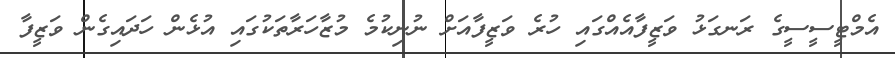
އެމްޓީސީސީގެ ރަނގަޅު ވަޒީފާއެއްގައި ހުރެ ވަޒީފާއަށް ނުނިކުމެ މުޒާހަރާތަކުގައި އުޅެން ހަދައިގެން ވަޒީފާ